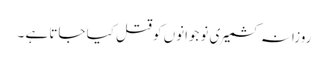
روزانہ کشمیری نوجوانوں کو قتل کیا جاتا ہے ۔